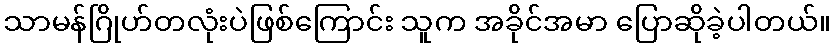
သာမန်ဂြိုဟ်တလုံးပဲဖြစ်ကြောင်း သူက အခိုင်အမာ ပြောဆိုခဲ့ပါတယ်။